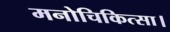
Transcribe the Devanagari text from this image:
मनोचिकित्सा।